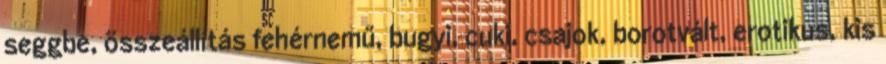
seggbe, összeállítás fehérnemű, bugyi, cuki, csajok, borotvált, erotikus, kis